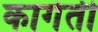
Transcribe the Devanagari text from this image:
कागेती